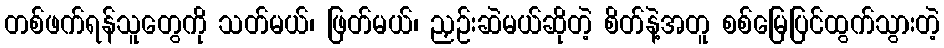
တစ်ဖက်ရန်သူတွေကို သတ်မယ်၊ ဖြတ်မယ်၊ ညှဉ်းဆဲမယ်ဆိုတဲ့ စိတ်နဲ့အတူ စစ်မြေပြင်ထွက်သွားတဲ့